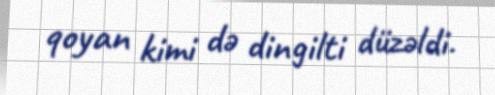
qoyan kimi də dingilti düzəldi.